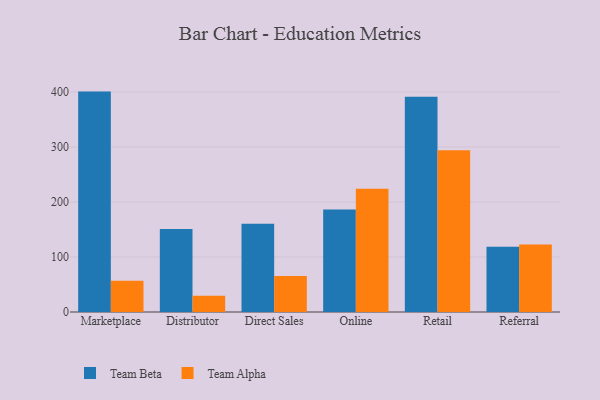
{"axis": {"x": "Channel", "y": "Headcount"}, "legend": ["Team Alpha", "Team Beta"], "data": [{"x": "Marketplace", "y": 400.7, "type": "Team Beta"}, {"x": "Marketplace", "y": 56.7, "type": "Team Alpha"}, {"x": "Distributor", "y": 151.1, "type": "Team Beta"}, {"x": "Distributor", "y": 29.7, "type": "Team Alpha"}, {"x": "Direct Sales", "y": 160.5, "type": "Team Beta"}, {"x": "Direct Sales", "y": 65.5, "type": "Team Alpha"}, {"x": "Online", "y": 186.3, "type": "Team Beta"}, {"x": "Online", "y": 224.2, "type": "Team Alpha"}, {"x": "Retail", "y": 391.3, "type": "Team Beta"}, {"x": "Retail", "y": 294.1, "type": "Team Alpha"}, {"x": "Referral", "y": 118.7, "type": "Team Beta"}, {"x": "Referral", "y": 122.6, "type": "Team Alpha"}]}